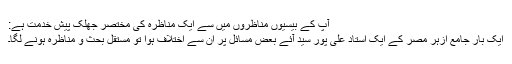
آپ کے بیسیوں مناظروں میں سے ایک مناظرہ کی مختصر جھلک پیشِ خدمت ہے:
ایک بار جامع ازہر مصر کے ایک اُستاد علی پور سیّد آئے بعض مسائل پر اُن سے اختلاف ہوا تو مستقل بحث و مناظرہ ہونے لگا۔